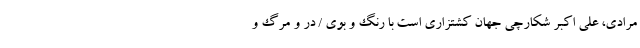
مرادی، علی اکبر شکارچی جهان کشتزاری است با رنگ و بوی / در و مرگ و